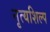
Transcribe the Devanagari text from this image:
नृत्यशिल्प